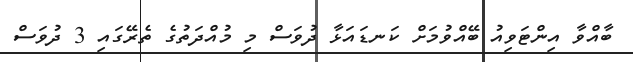
ބާއްވާ އިންޓަވިއު ބޭއްވުމަށް ކަނޑައަޅާ ދުވަސް މި މުއްދަތުގެ ތެރޭގައި 3 ދުވަސް